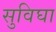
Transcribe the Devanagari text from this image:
सुविघा